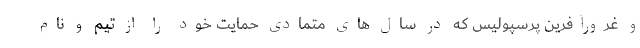
و غرورآفرین پرسپولیس که در سال های متمادی حمایت خود را از تیم و نام